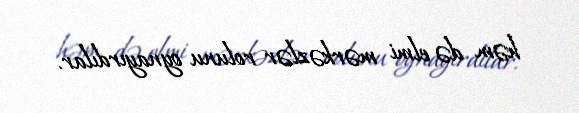
həm də elmi mərkəzlər rolunu oynayırdılar.